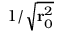
1 / \sqrt { \mathbf { r } _ { 0 } ^ { 2 } }